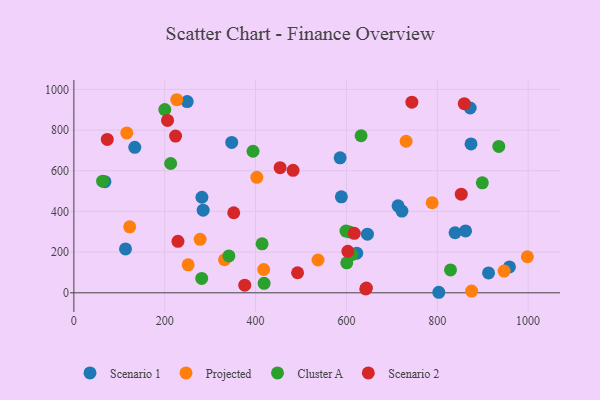
{"axis": {"x": "Study Hours", "y": "Yield"}, "legend": ["Cluster A", "Projected", "Scenario 1", "Scenario 2"], "data": [{"x": "284.6", "y": 406.1, "type": "Scenario 1"}, {"x": "281.9", "y": 469.9, "type": "Scenario 1"}, {"x": "622.7", "y": 194.8, "type": "Scenario 1"}, {"x": "588.9", "y": 472.1, "type": "Scenario 1"}, {"x": "722.2", "y": 401.7, "type": "Scenario 1"}, {"x": "134.1", "y": 715.2, "type": "Scenario 1"}, {"x": "68.3", "y": 546.6, "type": "Scenario 1"}, {"x": "874.3", "y": 731.8, "type": "Scenario 1"}, {"x": "713.7", "y": 427.8, "type": "Scenario 1"}, {"x": "958.9", "y": 127.0, "type": "Scenario 1"}, {"x": "347.5", "y": 739.4, "type": "Scenario 1"}, {"x": "113.7", "y": 215.7, "type": "Scenario 1"}, {"x": "249.5", "y": 940.4, "type": "Scenario 1"}, {"x": "646.3", "y": 288.5, "type": "Scenario 1"}, {"x": "862.3", "y": 304.1, "type": "Scenario 1"}, {"x": "912.9", "y": 97.6, "type": "Scenario 1"}, {"x": "586.2", "y": 663.6, "type": "Scenario 1"}, {"x": "839.2", "y": 295.3, "type": "Scenario 1"}, {"x": "803.4", "y": 2.6, "type": "Scenario 1"}, {"x": "872.5", "y": 908.6, "type": "Scenario 1"}, {"x": "947.2", "y": 106.9, "type": "Projected"}, {"x": "251.6", "y": 137.6, "type": "Projected"}, {"x": "226.5", "y": 949.3, "type": "Projected"}, {"x": "788.8", "y": 442.7, "type": "Projected"}, {"x": "116.5", "y": 786.1, "type": "Projected"}, {"x": "731.4", "y": 745.1, "type": "Projected"}, {"x": "122.9", "y": 324.2, "type": "Projected"}, {"x": "537.5", "y": 161.4, "type": "Projected"}, {"x": "875.7", "y": 8.3, "type": "Projected"}, {"x": "278.0", "y": 263.1, "type": "Projected"}, {"x": "417.9", "y": 114.6, "type": "Projected"}, {"x": "402.8", "y": 567.8, "type": "Projected"}, {"x": "998.4", "y": 177.2, "type": "Projected"}, {"x": "331.6", "y": 162.6, "type": "Projected"}, {"x": "899.2", "y": 540.6, "type": "Cluster A"}, {"x": "599.0", "y": 303.6, "type": "Cluster A"}, {"x": "394.4", "y": 696.0, "type": "Cluster A"}, {"x": "414.4", "y": 241.0, "type": "Cluster A"}, {"x": "281.4", "y": 70.9, "type": "Cluster A"}, {"x": "829.2", "y": 112.4, "type": "Cluster A"}, {"x": "341.3", "y": 181.5, "type": "Cluster A"}, {"x": "935.5", "y": 719.6, "type": "Cluster A"}, {"x": "200.2", "y": 901.1, "type": "Cluster A"}, {"x": "632.3", "y": 772.1, "type": "Cluster A"}, {"x": "418.8", "y": 46.7, "type": "Cluster A"}, {"x": "607.0", "y": 298.9, "type": "Cluster A"}, {"x": "600.8", "y": 147.2, "type": "Cluster A"}, {"x": "63.3", "y": 548.9, "type": "Cluster A"}, {"x": "213.1", "y": 635.7, "type": "Cluster A"}, {"x": "612.0", "y": 188.0, "type": "Cluster A"}, {"x": "454.0", "y": 615.3, "type": "Scenario 2"}, {"x": "482.6", "y": 602.3, "type": "Scenario 2"}, {"x": "229.1", "y": 253.3, "type": "Scenario 2"}, {"x": "744.1", "y": 937.2, "type": "Scenario 2"}, {"x": "644.0", "y": 23.5, "type": "Scenario 2"}, {"x": "642.6", "y": 19.2, "type": "Scenario 2"}, {"x": "603.2", "y": 203.7, "type": "Scenario 2"}, {"x": "223.9", "y": 770.7, "type": "Scenario 2"}, {"x": "617.3", "y": 292.3, "type": "Scenario 2"}, {"x": "73.5", "y": 754.0, "type": "Scenario 2"}, {"x": "492.5", "y": 98.5, "type": "Scenario 2"}, {"x": "351.9", "y": 393.6, "type": "Scenario 2"}, {"x": "859.5", "y": 929.9, "type": "Scenario 2"}, {"x": "852.8", "y": 485.1, "type": "Scenario 2"}, {"x": "376.2", "y": 37.5, "type": "Scenario 2"}, {"x": "206.2", "y": 847.3, "type": "Scenario 2"}]}